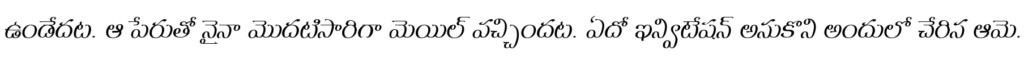
ఉండేదట. ఆ పేరుతో నైనా మొదటిసారిగా మెయిల్ వచ్చిందట. ఏదో ఇన్విటేషన్ అనుకొని అందులో చేరిన ఆమె.